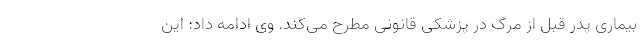
بیماری پدر قبل از مرگ در پزشکی قانونی مطرح می‌کند. وی ادامه داد: این